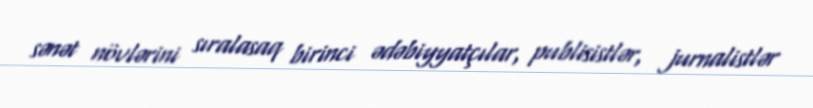
sənət növlərini sıralasaq birinci ədəbiyyatçılar, publisistlər, jurnalistlər